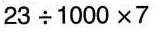
$$23\div1000\times